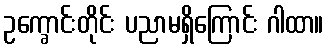
ဥက္ခောင်းတိုင်း ပညာမရှိကြောင်း ဂါထာ။